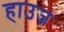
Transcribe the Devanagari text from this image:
हाउज